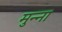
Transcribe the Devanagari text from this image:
मुन्‍ना